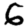
Digit: 6